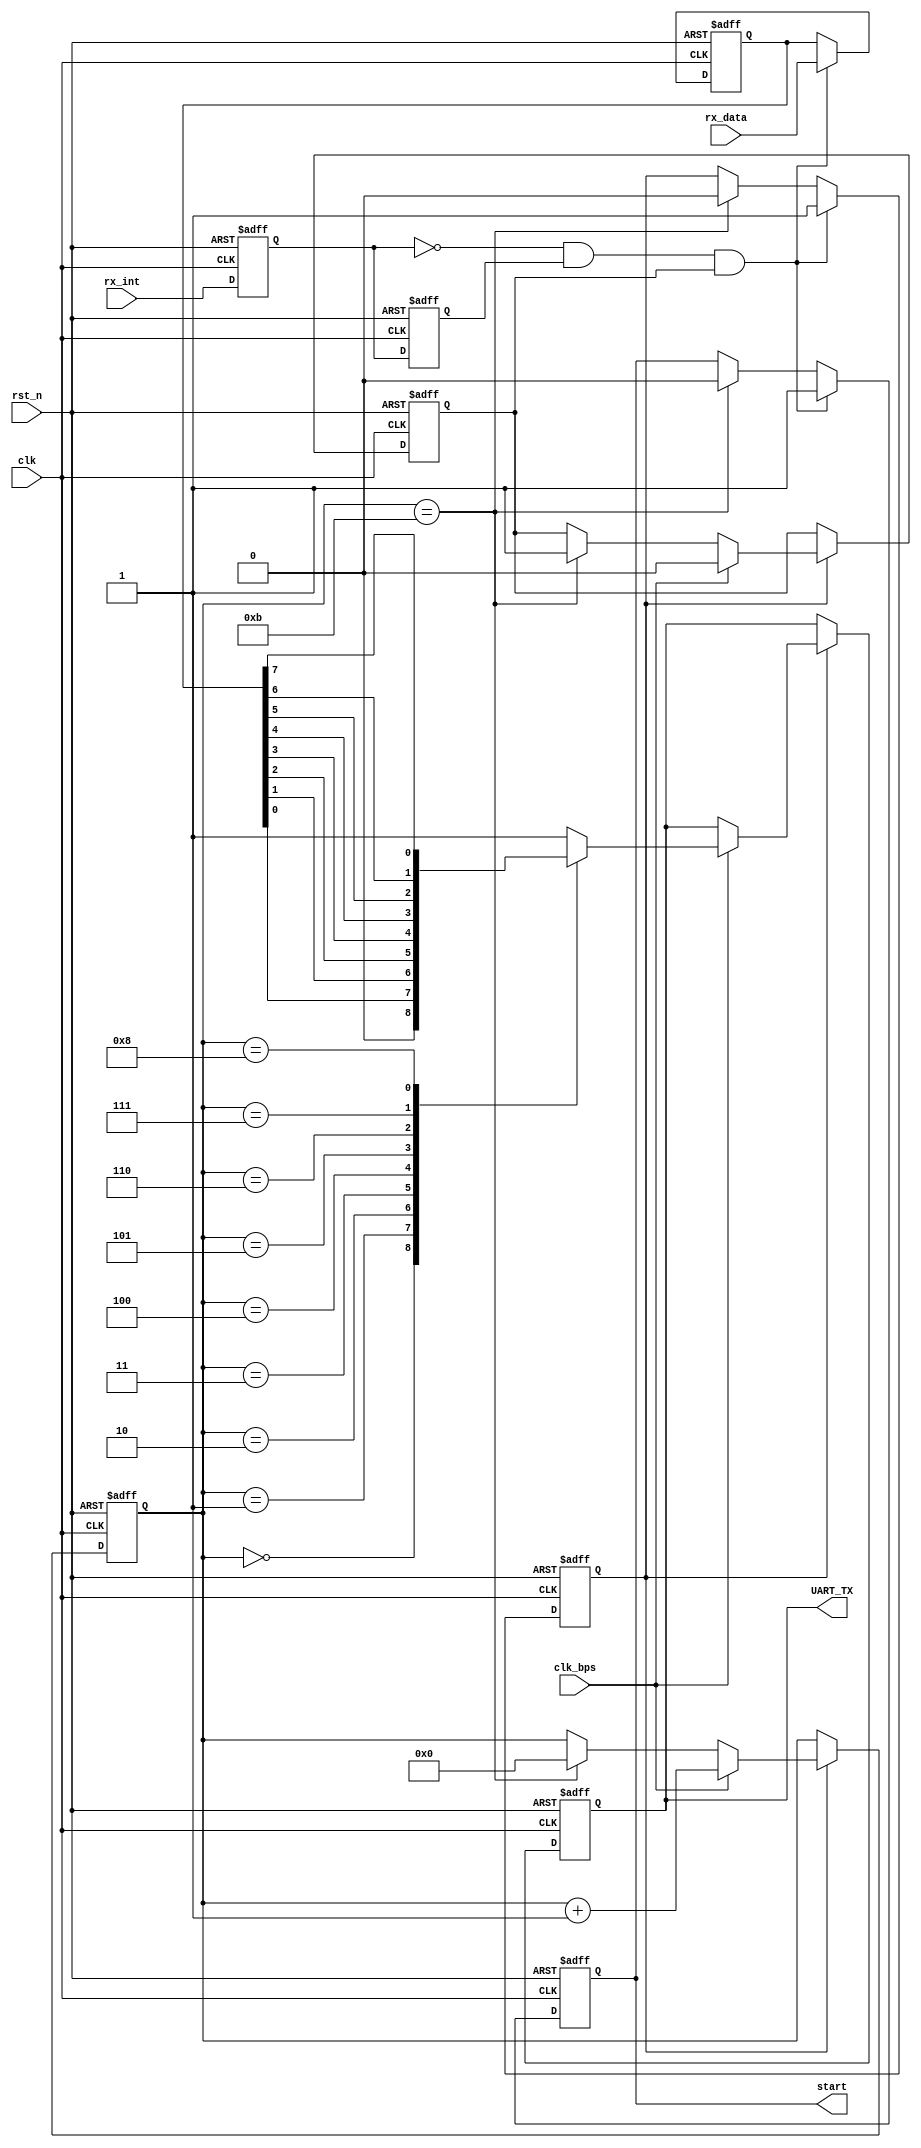
module my_uart_tx(clk,rst_n,rx_data,rx_int,UART_TX,clk_bps,start);

input       clk;
input       rst_n;
input       clk_bps;
input [7:0] rx_data;
input       rx_int;
output      UART_TX;
output      start;
reg tx_end;

reg         rx_int_r1,rx_int_r2;
wire        reg_rx_int;
assign      reg_rx_int=~rx_int_r1&rx_int_r2;

always @ (posedge clk or negedge rst_n)
if(!rst_n) begin
    rx_int_r1<=1'b0;
    rx_int_r2<=1'b0;
end
else begin
    rx_int_r1<=rx_int;
	 rx_int_r2<=rx_int_r1;
end

reg [7:0]tx_data;
reg start_r;
reg tx_en;
reg [3:0]num;

always @ (posedge clk or negedge rst_n)
if(!rst_n) begin
    start_r<=1'bz;
	 tx_en<=1'b0;
	 tx_data<=8'd0;
end
else if(reg_rx_int & tx_end) begin///////////
    start_r<=1'b1;
	 tx_data<=rx_data;
	 tx_en<=1'b1;
end
else if(num==4'd11) begin
    start_r<=1'b0;
	 tx_en<=1'b0;
end

assign start = start_r;

reg UART_TX_r;

always @ (posedge clk or negedge rst_n)
if(!rst_n) begin
    num<=4'd0;
	UART_TX_r<=1'b1;
	tx_end<=1;
end
else if(tx_en) begin
    if(clk_bps) begin
	     tx_end<=0;//////////
	     num<=num+1'b1;
		  case(num)
		      4'd0: UART_TX_r<=1'b0;
				4'd1: UART_TX_r<=tx_data[0];
				4'd2: UART_TX_r<=tx_data[1];
				4'd3: UART_TX_r<=tx_data[2];
				4'd4: UART_TX_r<=tx_data[3];
				4'd5: UART_TX_r<=tx_data[4];
				4'd6: UART_TX_r<=tx_data[5];
				4'd7: UART_TX_r<=tx_data[6];
				4'd8: UART_TX_r<=tx_data[7];
				4'd9: UART_TX_r<=1'b1;
				default: UART_TX_r<=1'b1;
		  endcase
	 end
	 else if(num==4'd11) 
	 begin 
	     num<=4'd0;
		  tx_end<=1;
	 end
end

assign UART_TX = UART_TX_r;

endmodule